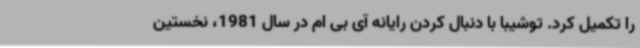
را تکمیل کرد. توشیبا با دنبال کردن رایانه آی بی ام در سال 1981، نخستین